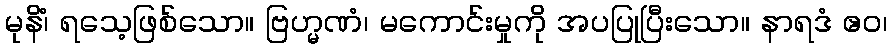
မုနိံ၊ ရသေ့ဖြစ်သော။ ဗြဟ္မဏံ၊ မကောင်းမှုကို အပပြုပြီးသော။ နာရဒံ ဧဝ၊